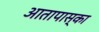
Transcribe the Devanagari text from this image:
आतापास्का